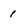
Character: 1